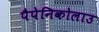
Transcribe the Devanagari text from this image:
पैपेनिकोलाउ